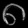
Digit: ၈